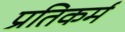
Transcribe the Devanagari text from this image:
प्रतिकर्म